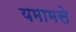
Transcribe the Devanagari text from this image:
यमामसे